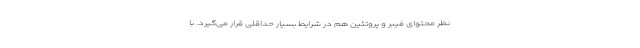
نظر محتوای فیبر و پروتئین هم در شرایط بسیار حداقلی قرار می‌گیرد. با